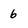
Character: 6